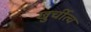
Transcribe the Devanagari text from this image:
खुर्चीत्व